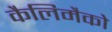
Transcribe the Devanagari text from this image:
कैलिमैको